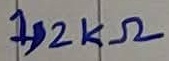
Text: 1,2KΩ